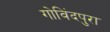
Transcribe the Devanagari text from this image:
गोविंदपुरा